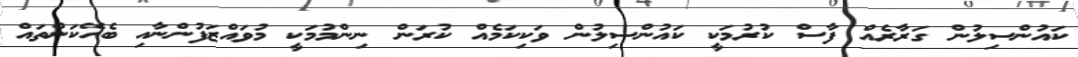
ކައުންސިލުން ގަރާރެއް ފާސް ކުރުމަކީ ކައުންސިލުން ވަކިކަމެއް ކުރަން ނިންމުމަކީ މުވައްޒަފުންނާއި ބެހޭކަންތައް